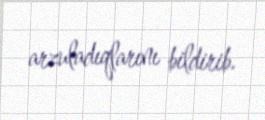
arzuladıqlarını bildirib.